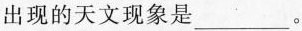
出现的天文现象是___。